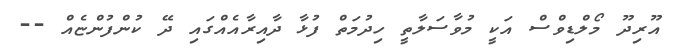
އޫރިދޫ މޯލްޑިވްސް އަކީ މުވާސަލާތީ ހިދުމަތް ފުޅާ ދާއިރާއެއްގައި ދޭ ކުންފުންޏެއް --